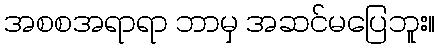
အစစအရာရာ ဘာမှ အဆင်မပြေဘူး။